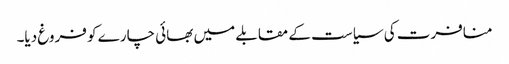
منافرت کی سیاست کے مقابلے میں بھائی چارے کو فروغ دیا۔